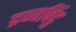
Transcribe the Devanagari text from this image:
द्रव्यबिंदु